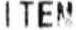
ITEM